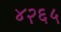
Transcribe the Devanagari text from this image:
४२६५